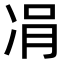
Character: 𠗓